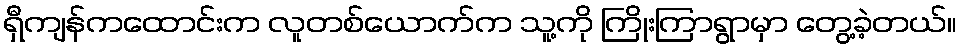
ရှီကျန်ကထောင်းက လူတစ်ယောက်က သူ့ကို ကြိုးကြာရွာမှာ တွေ့ခဲ့တယ်။